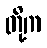
တို့က